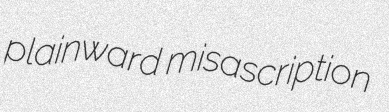
plainward misascription